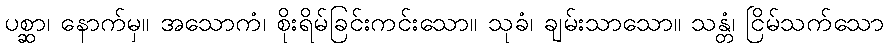
ပစ္ဆာ၊ နောက်မှ။ အသောကံ၊ စိုးရိမ်ခြင်းကင်းသော။ သုခံ၊ ချမ်းသာသော။ သန္တံ၊ ငြိမ်သက်သော